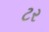
ટર